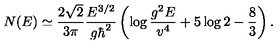
N ( E ) \simeq { \frac { 2 \sqrt { 2 } } { 3 \pi } } { \frac { E ^ { 3 / 2 } } { g \hbar ^ { 2 } } } \left( \log { \frac { g ^ { 2 } E } { v ^ { 4 } } } + 5 \log 2 - { \frac { 8 } { 3 } } \right) .